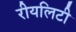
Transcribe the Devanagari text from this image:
रीयलिटी